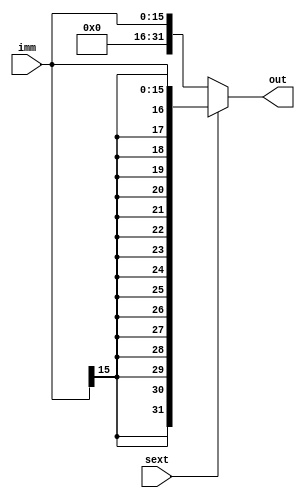
`timescale 1ns / 1ps
//////////////////////////////////////////////////////////////////////////////////
// Company: CMPEN 331
// 
// Design Name: 
// Module Name: SignExtend
// Project Name: 
// Target Devices: 
// Tool Versions: 
// Description: 
// 
// Dependencies: 
// 
// Revision:
// Revision 0.01 - File Created
// Additional Comments:
// 
//////////////////////////////////////////////////////////////////////////////////


module SignExtend(imm, sext, out);

input [15:0] imm;
input sext;
output reg [31:0] out;

always @(*)
begin
    if (sext)
        out = $signed(imm);
    else
        out = imm;
end
endmodule